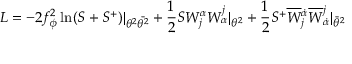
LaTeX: { \cal L } = - 2 f _ { \phi } ^ { 2 } \ln ( S + S ^ { + } ) | _ { \theta ^ { 2 } \bar { \theta ^ { 2 } } } + \frac { 1 } { 2 } S W _ { j } ^ { \alpha } W _ { \alpha } ^ { j } | _ { \theta ^ { 2 } } + \frac { 1 } { 2 } S ^ { + } \overline { { { W } } } { } _ { j } ^ { \dot { \alpha } } \overline { { { W } } } { } _ { \dot { \alpha } } ^ { j } | _ { \bar { \theta } ^ { 2 } }